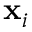
\mathbf { x } _ { i }